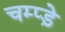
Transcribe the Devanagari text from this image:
चम्प्ड़े